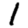
Digit: 1